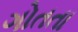
ગોતતા